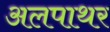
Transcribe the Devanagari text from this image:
अलपाथर